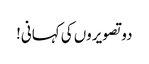
دو تصویروں کی کہانی!